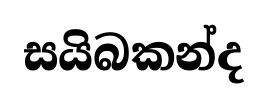
සයිබකන්ද